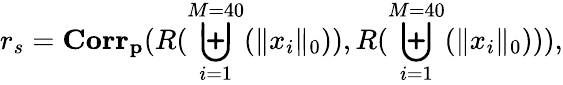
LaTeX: r_{s}=\mathbf{Corr_{p}}(R(\biguplus_{i=1}^{M=40}(\| x_{i}\| _{0})),R(\biguplus_{i=1}^{M=40}(\| x_{i}\| _{0}))),